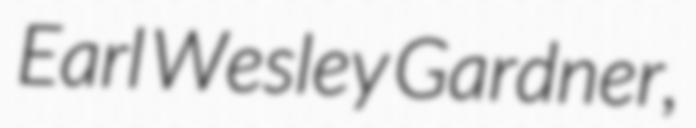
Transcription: Earl Wesley Gardner,